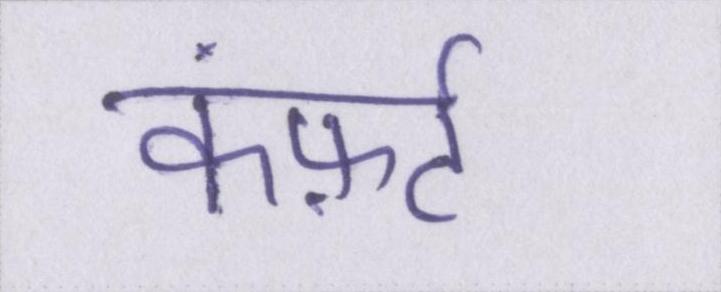
कंफ़र्ट